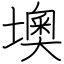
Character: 墺